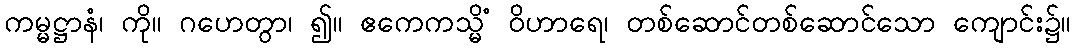
ကမ္မဋ္ဌာနံ၊ ကို။ ဂဟေတွာ၊ ၍။ ဧကေကသ္မိံ ဝိဟာရေ၊ တစ်ဆောင်တစ်ဆောင်သော ကျောင်း၌။